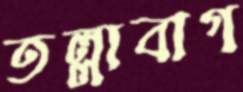
তল্লাবাগ